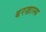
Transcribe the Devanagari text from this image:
बरखास्य